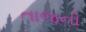
તાજનો